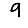
Digit: 9